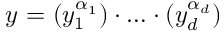
\boldsymbol { y } ^ { \aa } = ( y _ { 1 } ^ { \alpha _ { 1 } } ) \cdot \ldots \cdot ( y _ { d } ^ { \alpha _ { d } } )